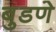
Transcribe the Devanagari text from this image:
बुडणे